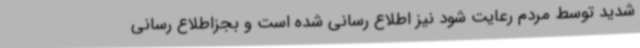
شدید توسط مردم رعایت شود نیز اطلاع رسانی شده است و بجزاطلاع رسانی